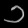
Digit: ၁